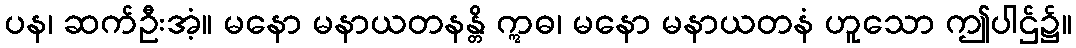
ပန၊ ဆက်ဦးအံ့။ မနော မနာယတနန္တိ ဣဓ၊ မနော မနာယတနံ ဟူသော ဤပါဌ်၌။